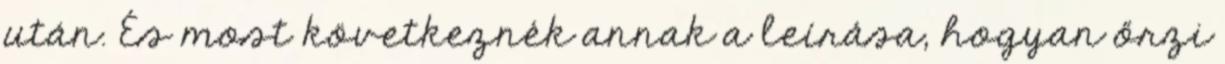
után. És most következnék annak a leírása, hogyan őrzi